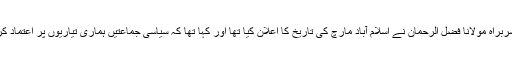
واضح رہے کہ گذشتہ روزجمیعت علمائے اسلام (ف) کے سربراہ مولانا فضل الرحمان نے اسلام آباد مارچ کی تاریخ کا اعلان کیا تھا اور کہا تھا کہ سیاسی جماعتیں ہماری تیاریوں پر اعتماد کریں، آزادی مارچ 16 سے 31 اکتوبر کے درمیان ہی ہو گا۔